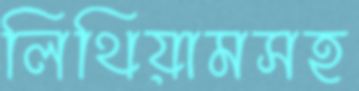
লিথিয়ামসহ